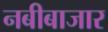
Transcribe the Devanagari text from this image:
नबीबाजार